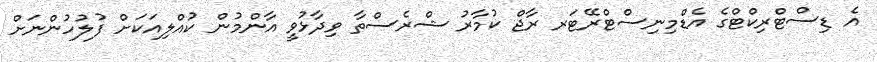
އެ ޑިސްޓްރިކްޓްގެ އެޑްމިނިސްޓްރޭޓަރ ރާޖް ކުމާރު ޝްރެސްތާ ވިދާޅުވީ އާންމުން ކުއްލިއަކަށް ފުލުހުންނަށް